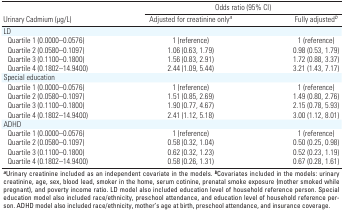
| <COLSPAN=3> Odds ratio (95% CI) |
 | Urinary Cadmium (μg/L) | Adjusted for creatinine onlya | Fully adjustedb |
 | --- | --- | --- |
 | LD |  |  |  |  |
 | Quartile 1 (0.0000–0.0576) |  | 1 (reference) |  | 1 (reference) |
 | Quartile 2 (0.0580–0.1097) |  | 1.06 (0.63, 1.79) |  | 0.98 (0.53, 1.79) |
 | Quartile 3 (0.1100–0.1800) |  | 1.56 (0.83, 2.91) |  | 1.72 (0.88, 3.37) |
 | Quartile 4 (0.1802–14.9400) |  | 2.44 (1.09, 5.44) |  | 3.21 (1.43, 7.17) |
 | Special education |  |  |  |  |
 | Quartile 1 (0.0000–0.0576) |  | 1 (reference) |  | 1 (reference) |
 | Quartile 2 (0.0580–0.1097) |  | 1.51 (0.85, 2.69) |  | 1.49 (0.80, 2.76) |
 | Quartile 3 (0.1100–0.1800) |  | 1.90 (0.77, 4.67) |  | 2.15 (0.78, 5.93) |
 | Quartile 4 (0.1802–14.9400) |  | 2.41 (1.12, 5.18) |  | 3.00 (1.12, 8.01) |
 | ADHD |  |  |  |  |
 | Quartile 1 (0.0000–0.0576) |  | 1 (reference) |  | 1 (reference) |
 | Quartile 2 (0.0580–0.1097) |  | 0.58 (0.32, 1.04) |  | 0.50 (0.25, 0.98) |
 | Quartile 3 (0.1100–0.1800) |  | 0.62 (0.32, 1.23) |  | 0.52 (0.23, 1.19) |
 | Quartile 4 (0.1802–14.9400) |  | 0.58 (0.26, 1.31) |  | 0.67 (0.28, 1.61) |
 | <COLSPAN=5> aUrinary creatinine included as an independent covariate inthe models. bCovariates included in the models: urinary creatinine, age,sex, blood lead, smoker in the home, serum cotinine, prenatal smokeexposure (mother smoked while pregnant), and poverty income ratio. LDmodel also included education level of household reference person.Special education model also included race/ethnicity, preschoolattendance, and education level of household reference person. ADHDmodel also included race/ethnicity, mother’s age at birth, preschoolattendance, and insurance coverage. |